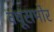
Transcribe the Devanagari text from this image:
वधूसमोर